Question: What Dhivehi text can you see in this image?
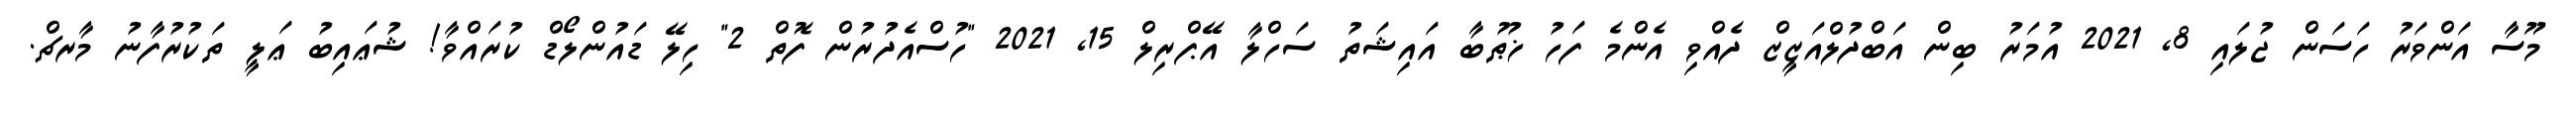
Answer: މޫސާ އަންވަރު ހަސަން ޖުލައި 8, 2021 އުމަރު ބިން އަބްދުލްއަޒީޒް ދެއްވި އެންމެ ފަހު ޚުޠުބާ އައިޝަތު ސަހްލާ އޭޕްރިލް 15, 2021 "ހުސްއެދުރުން ފޮތް 2" ހިލޭ ޑައުންލޯޑް ކުރައްވާ! ޝުޢައިބު ޢަލީ ތަކުރުފާނު މާރޗް.